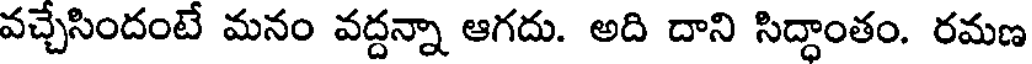
వచ్చేసిందంటే మనం వద్దన్నా ఆగదు. అది దాని సిద్ధాంతం. రమణ